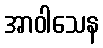
အာဝါသေန